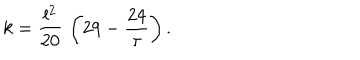
k = { \frac { l ^ { 2 } } { 2 0 } } \, \left( 2 9 - { \frac { 2 4 } { \tau } } \right) .